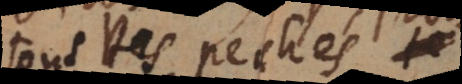
tous les pechés